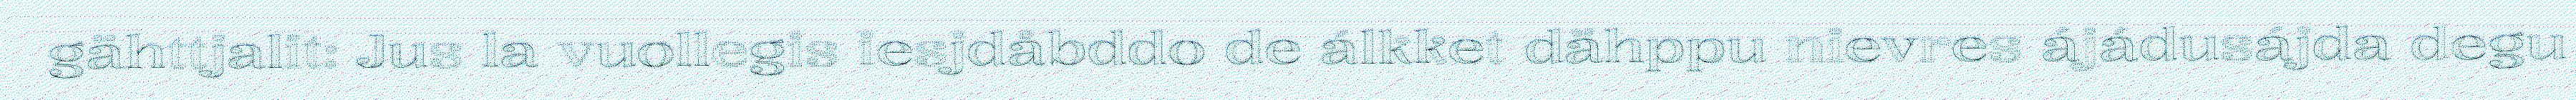
gähttjalit: Jus la vuollegis iesjdåbddo de álkket dähppu nievres ájádusájda degu